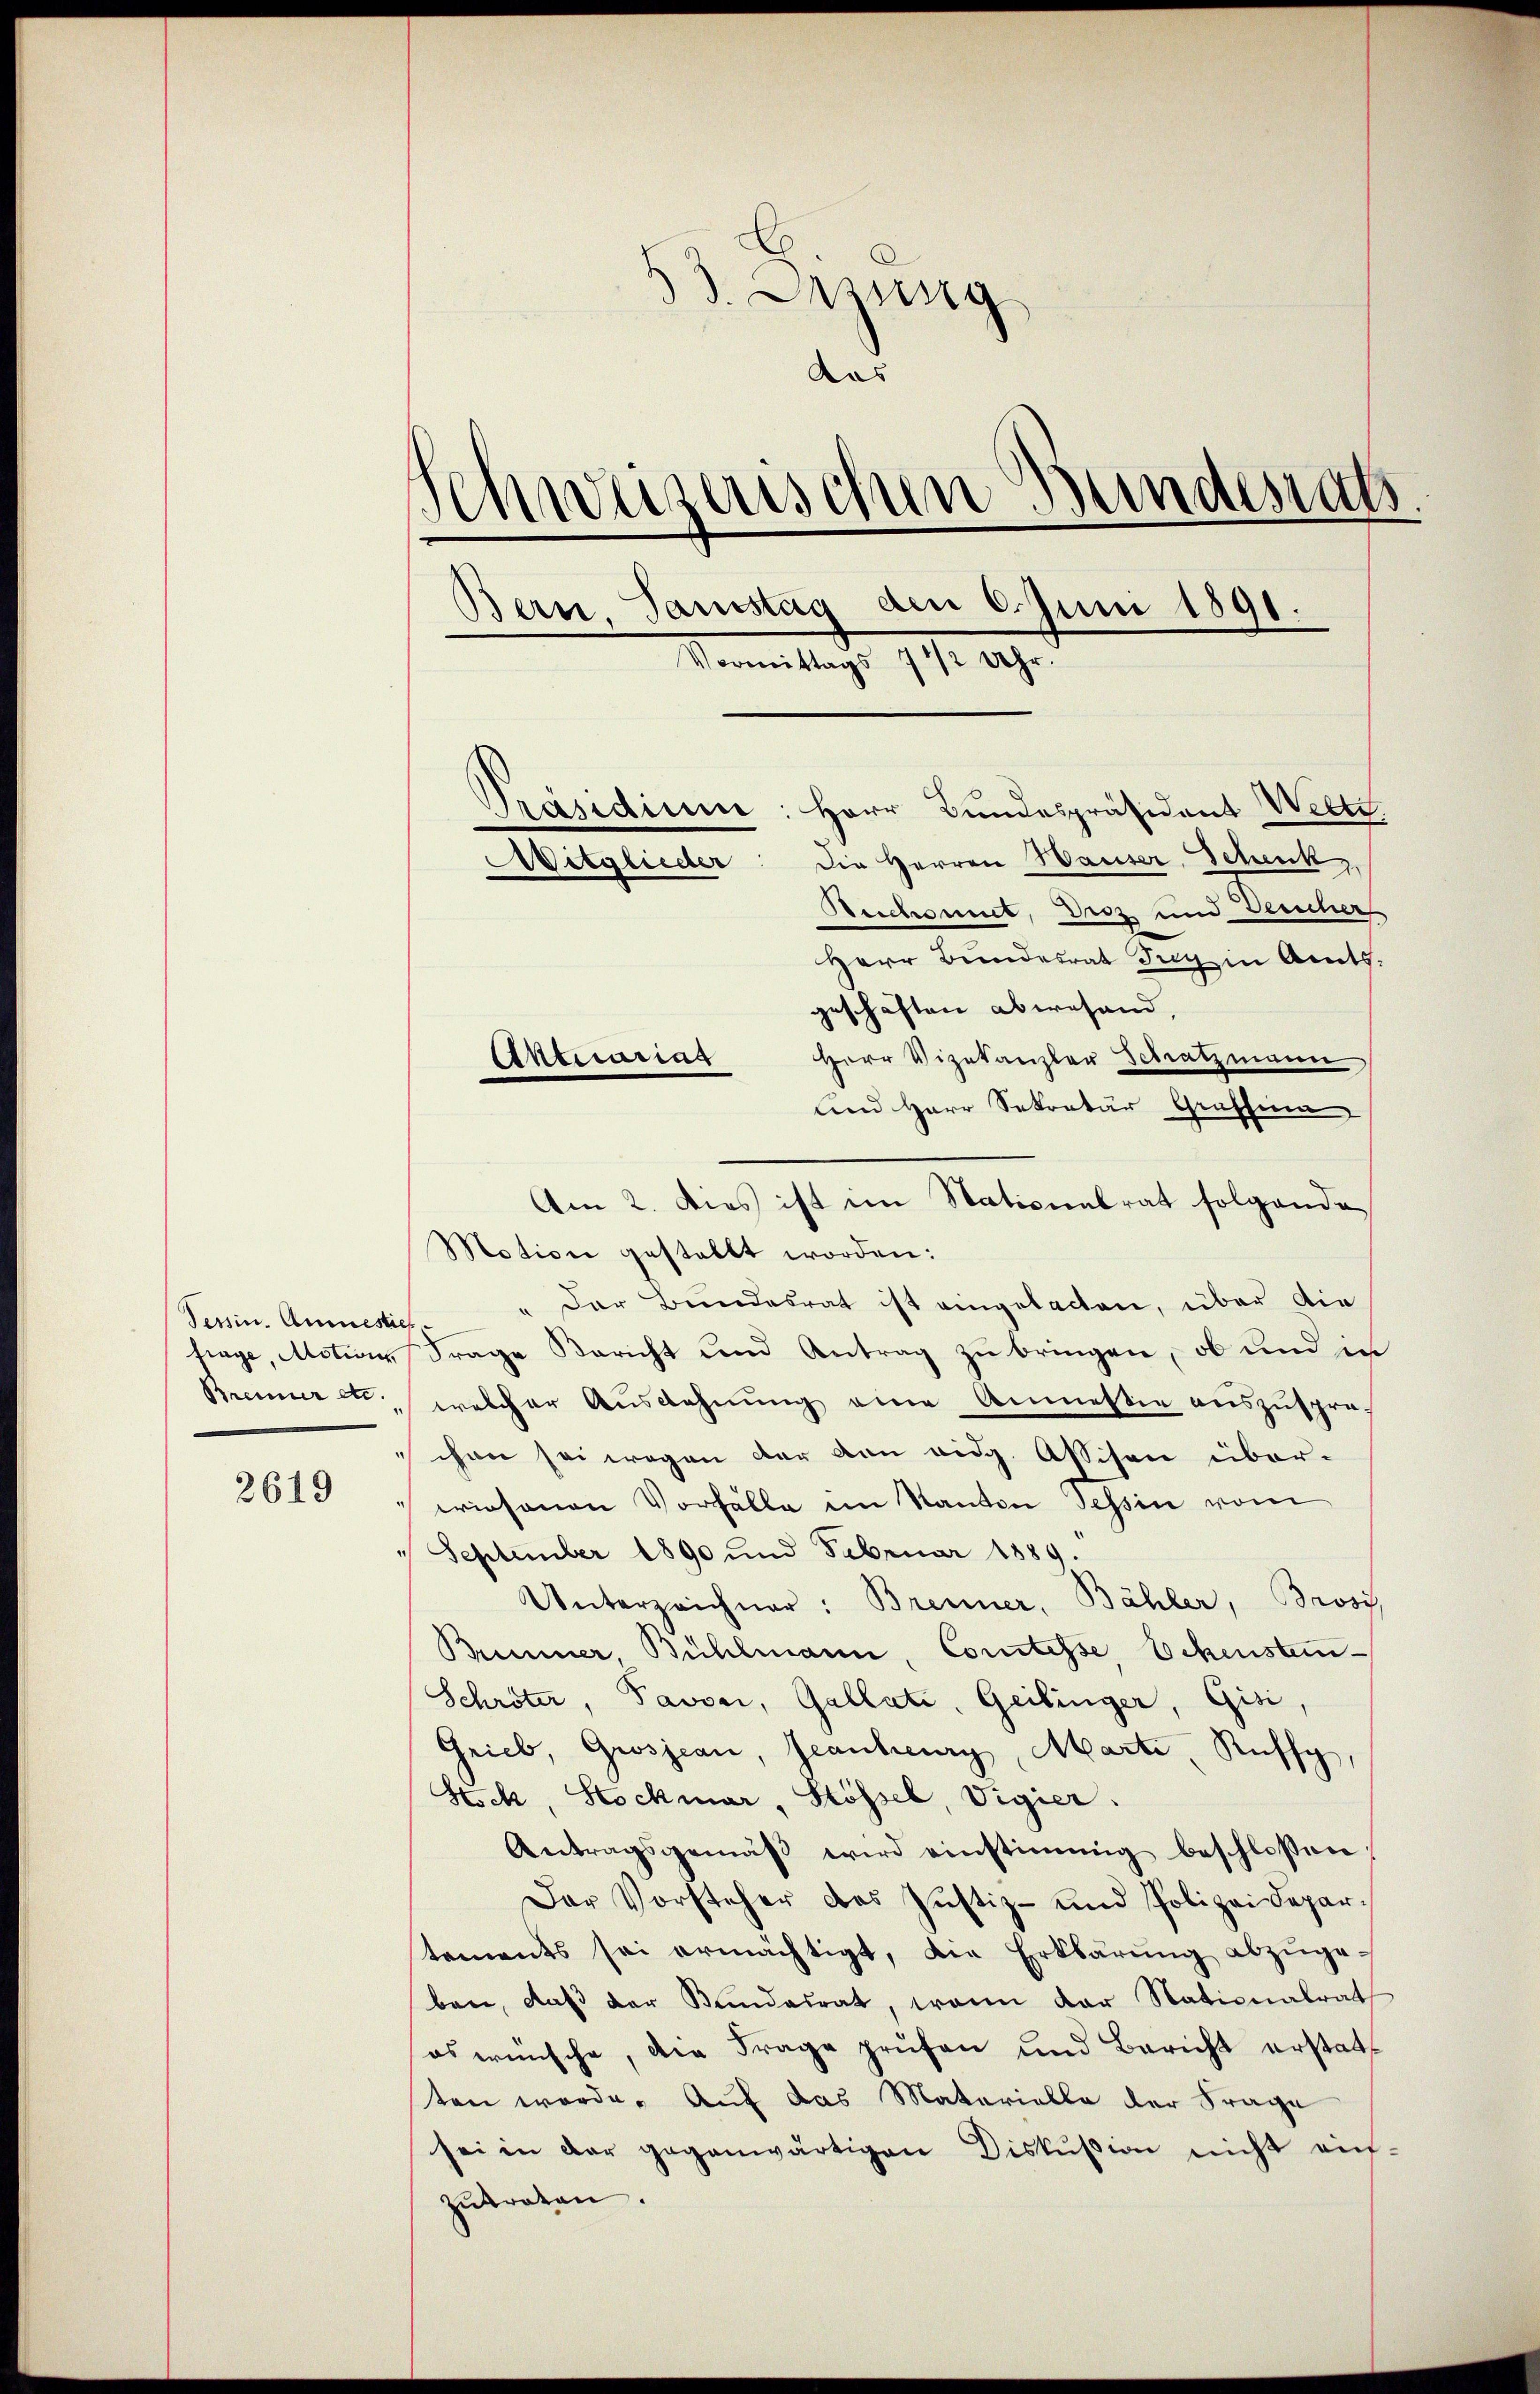
Tessin. Anmesties
Bremier etc.

2619

13. Jung
das
Schweizerischen Bundesrath
Bern, Tamstag am 9. Juni 1891.
Vormittags 7 1/2 Uhr.
räsidium
Herr Bundespräsident Weltt.
Die Herren Hauser, Schenk,
Witglieder
Beichsmit, Diez und Feucher

Herr Bundesrat Fug in Amtsgeschäften abwesend,
Herr Vizekanzler Schatzmann
und Herr Sekretär Graffina
Am 2. Dies ist im Nationalrat folgende
Motion gestellt worden:
" Der Bundesrat ist eingelacten, über die
trage, Motiv, Frage Bericht und Antrag zu bringen, ob und in
welcher Ausdehnung eine Anmessin auszusprechon sei wegen der von eidg. Assisen überpriesenen Vorfälle im Kanton Tessin vom
" September 1890 und Februar 1889.
Unterzeichner: Brenner, Bähler, Brosi
Brunner, Bühlmann, Comtesse, Schensten-
Schröter, Pavsei, Gallate, Geilinger, Gisi,
Grieb, Grosjean, Jeanheurg, Marte Ruffy,
Stock, Stockmar, Stössel, Vigier.
Antragsgemäβ wird einstimmig beschlossen:
Der Vorsteher das Justiz- und Polizeidepartements sei ermächtigt, die Erklärŭng abzŭge-
ben, daß der Bundesrat, wenn der Nationalrath
es wünsche, die Frage prüfen und Bericht erstatsten werde. Auf das Materielle der Frage
sei in der gegenwärtigen Diskussion nicht auf-
zŭtreten.

Aktuarias